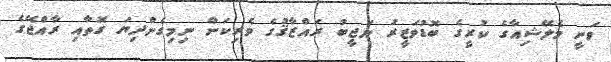
ވަނީ މެލޭޝިއާގެ ކުރީގެ ބޮޑުވަޒީރު ނަޖީބު ރައްޒާޤުގެ ވެރިކަން ނިމިގެންދިޔަ ގޮތާއި ރާއްޖޭގެ